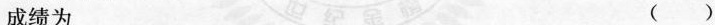
成绩为 ()